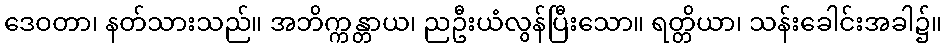
ဒေဝတာ၊ နတ်သားသည်။ အဘိက္ကန္တာယ၊ ညဦးယံလွန်ပြီးသော။ ရတ္တိယာ၊ သန်းခေါင်းအခါ၌။